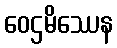
ဝေဌမိဿေန